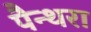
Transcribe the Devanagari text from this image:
पैन्थरा